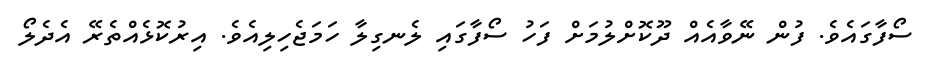
ސޯފާގައެވެ. ފުން ނޭވާއެއް ދޫކޮށްލުމަށް ފަހު ސޯފާގައި ލެނގިލާ ހަމަޖެހިލިއެވެ. އިރުކޮޅެއްތެރޭ އެދެލޯ